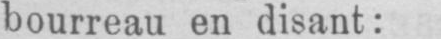
bourreau en disant: